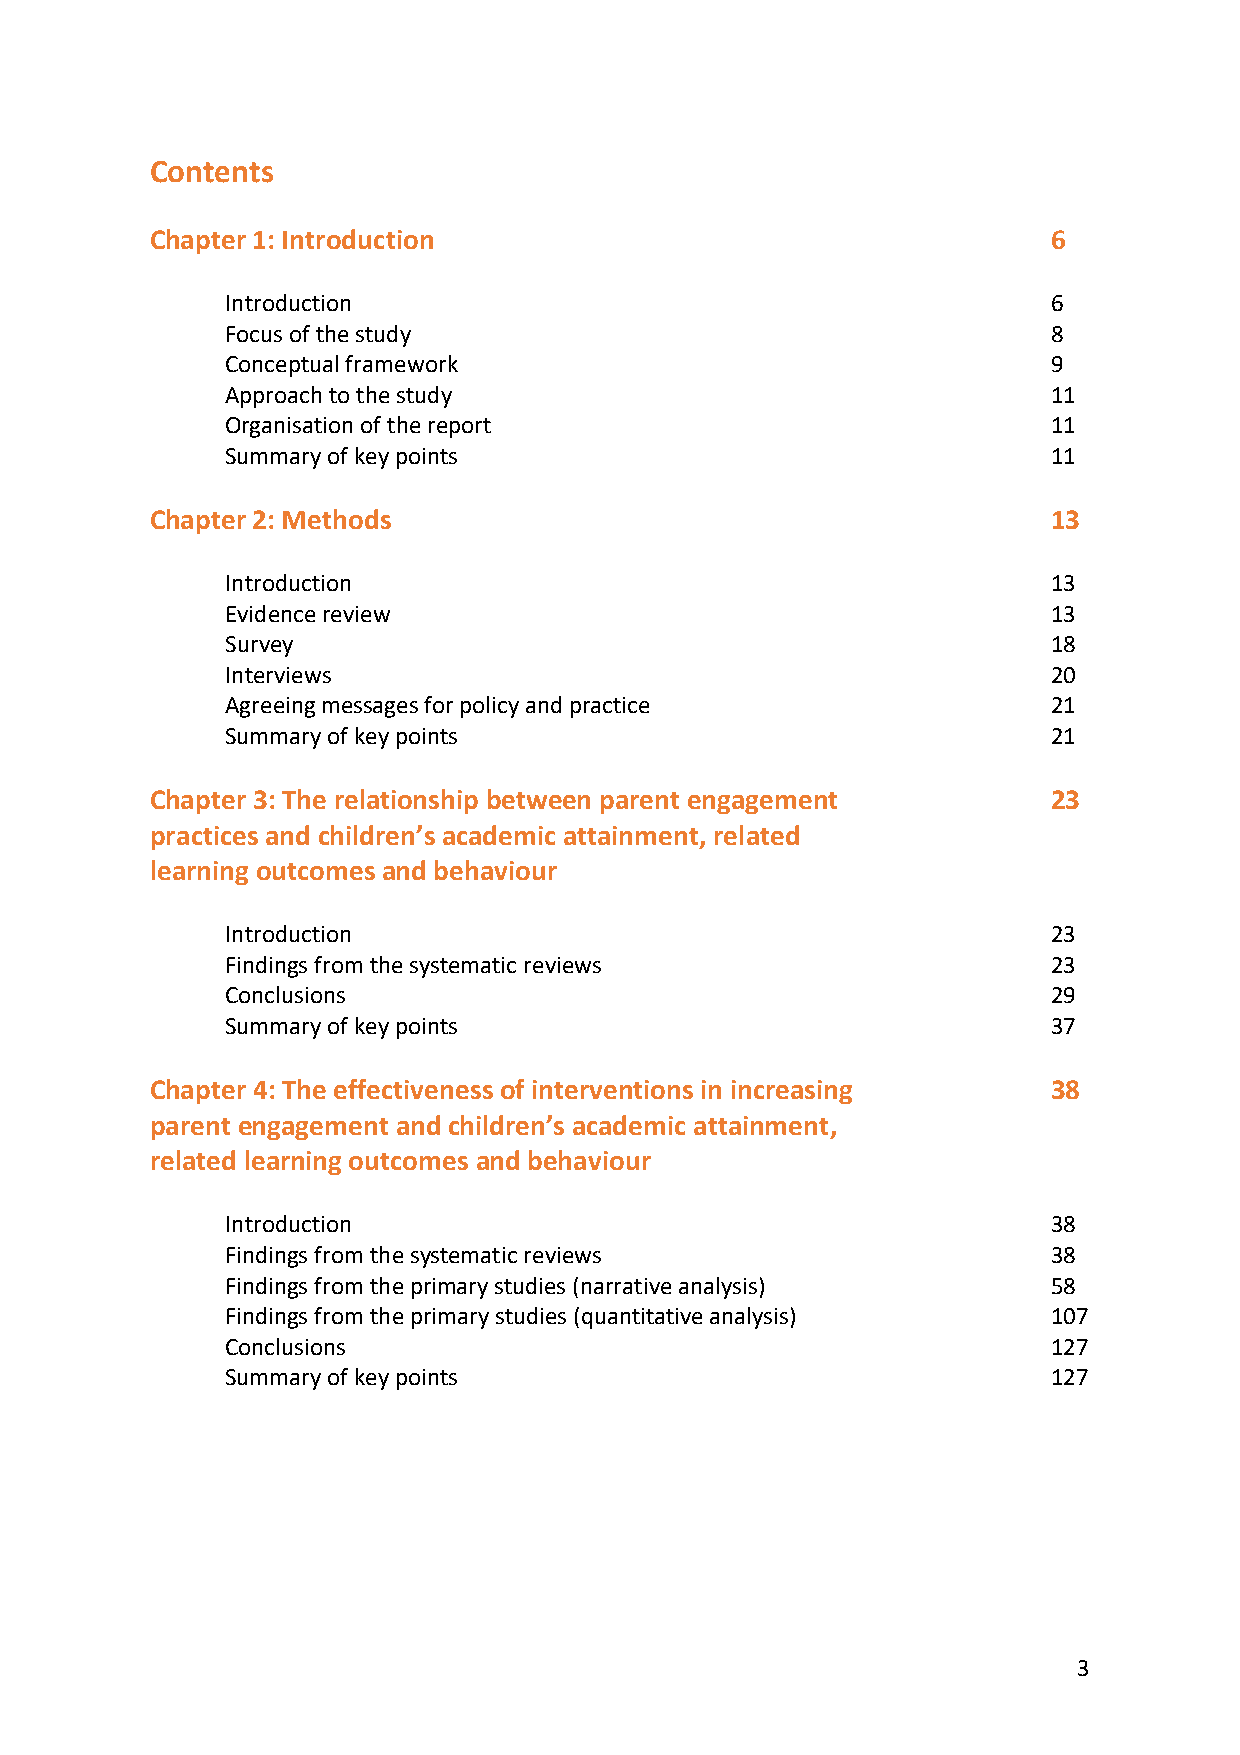
Contents
 Chapter 1: Introduction                                     6
 Introduction                                           6
 Focus of the study                                     8
 Conceptual framework                                   9
 Approach to the study                                  11
 Organisation of the report                             11
 Summary of key points                                  11
 Chapter 2: Methods                                          13
 Introduction                                           13
 Evidence review                                        13
 Survey                                                 18
 Interviews                                             20
 Agreeing messages for policy and practice              21
 Summary of key points                                  21
 Chapter 3: The relationship between parent engagement       23
 practices and children’s academic attainment, related
 learning outcomes and behaviour
 Introduction                                           23
 Findings from the systematic reviews                   23
 Conclusions                                            29
 Summary of key points                                  37
 Chapter 4: The effectiveness of interventions in increasing 38
 parent engagement and children’s academic attainment,
 related learning outcomes and behaviour
 Introduction                                           38
 Findings from the systematic reviews                   38
 Findings from the primary studies (narrative analysis) 58
 Findings from the primary studies (quantitative analysis) 107
 Conclusions                                            127
 Summary of key points                                  127
 3